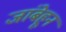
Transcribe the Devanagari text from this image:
जांबेहून